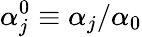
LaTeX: \alpha_{j}^{0}\equiv\alpha_{j}/{\alpha_{0}}